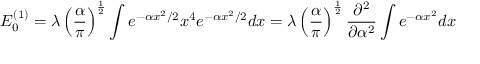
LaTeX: E _ { 0 } ^ { ( 1 ) } = \lambda \left( { \frac { \alpha } { \pi } } \right) ^ { \frac { 1 } { 2 } } \int e ^ { - \alpha x ^ { 2 } / 2 } x ^ { 4 } e ^ { - \alpha x ^ { 2 } / 2 } d x = \lambda \left( { \frac { \alpha } { \pi } } \right) ^ { \frac { 1 } { 2 } } { \frac { \partial ^ { 2 } } { \partial \alpha ^ { 2 } } } \int e ^ { - \alpha x ^ { 2 } } d x